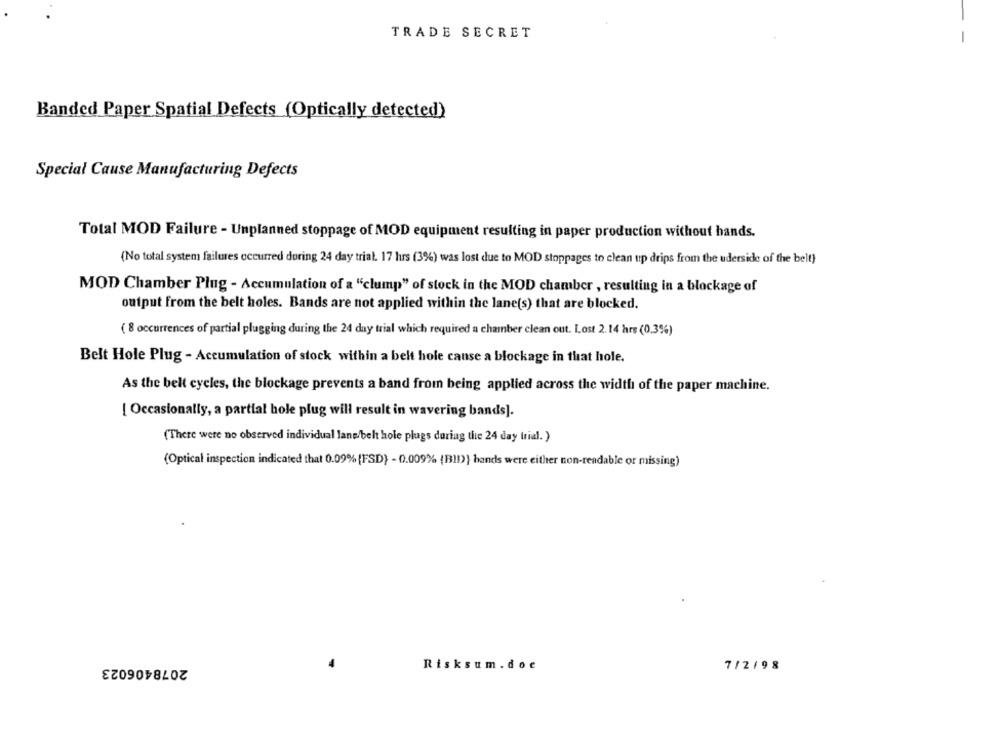
TRADE SECRET
-
Banded Paper Spatial Defects (Optically detected)
Special Cause Manufacturing Defects
Total MOD Failure - Unplanned stoppage of MOD equipment resulting in paper production without hands.
(No total system failures occurred during 24 day trial. 17 hrs (3%) was lost due to MOD stoppages to clean up drips from the uderside of the belt)
MOD Chamber Plug - Accumulation of a "clump" of stock in the MOD chamber , resulting in a blockage of
output from the belt holes. Bands are not applied within the lane(s) that are blocked.
( 8 occurrences of partial plugging during the 24 day trial which required a chamber clean out. Lost 2.14 hrs (0.3%)
Belt Hole Plug - Accumulation of stock within a belt hole canse a blockage in that hole.
As the belt cycles, the blockage prevents a band from being applied across the width of the paper machine.
[ Occasionally, a partial hole plug will result in wavering bands].
("There were no observed individual lane belt hole plugs during the 24 day trial. )
(Optical inspection indicated that 0.09% (FSD) - 0.009% (BID)} hands were either non-readable or missing)
2078406023
Risksum. doe
7/2/98